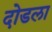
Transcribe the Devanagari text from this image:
दोडला